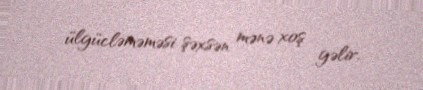
ülgücləməməsi şəxsən mənə xoş gəlir.